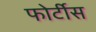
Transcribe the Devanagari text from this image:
फोर्टीस